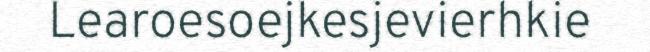
Learoesoejkesjevierhkie